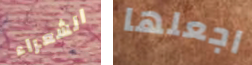
الشعراء اجعلها